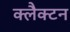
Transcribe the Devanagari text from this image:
क्लैक्टन